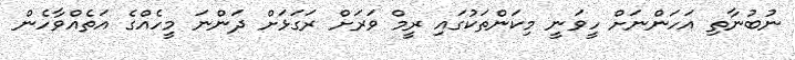
ނުބުނާތި އަހަންނަށް ހީވަނީ މިކަންތަކުގައި ރީމް ވަރަށް ރަގަޅަށް ދަންނަ މީހެއްގެ އަތެއްވާހެން